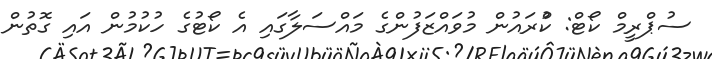
ސުޕްރީމް ކޯޓް: ކްުރައުން މުވައްޒަފުންގެ މައްސަލާގައި އެ ކޯޓުގެ ހުކުމުން އައި ގޮތުން